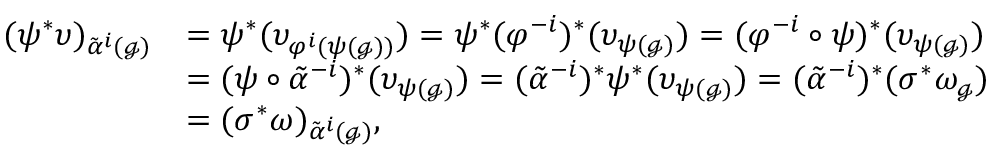
\begin{array} { r l } { ( \psi ^ { * } \upsilon ) _ { \tilde { \alpha } ^ { i } ( \mathscr { g } ) } } & { = \psi ^ { * } ( \upsilon _ { \varphi ^ { i } ( \psi ( \mathscr { g } ) ) } ) = \psi ^ { * } ( \varphi ^ { - i } ) ^ { * } ( \upsilon _ { \psi ( \mathscr { g } ) } ) = ( \varphi ^ { - i } \circ \psi ) ^ { * } ( \upsilon _ { \psi ( \mathscr { g } ) } ) } \\ & { = ( \psi \circ \tilde { \alpha } ^ { - i } ) ^ { * } ( \upsilon _ { \psi ( \mathscr { g } ) } ) = ( \tilde { \alpha } ^ { - i } ) ^ { * } \psi ^ { * } ( \upsilon _ { \psi ( \mathscr { g } ) } ) = ( \tilde { \alpha } ^ { - i } ) ^ { * } ( \sigma ^ { * } \omega _ { \mathscr { g } } ) } \\ & { = ( \sigma ^ { * } \omega ) _ { \tilde { \alpha } ^ { i } ( \mathscr { g } ) } , } \end{array}